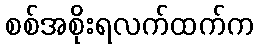
စစ်အစိုးရလက်ထက်က